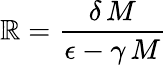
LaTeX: \mathbb{R}=\frac{{\delta\, M}}{{\epsilon-\gamma\, M}}